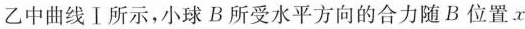
乙中曲线Ⅰ所示，小球B所受水平方向的合力随B位置x